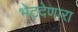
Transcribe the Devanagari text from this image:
भेटदेणारा